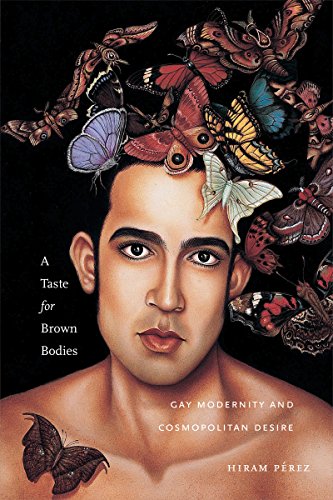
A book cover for A Taste for Brown Bodies: Gay Modernity and Cosmopolitan Desire (Sexual Cultures); Hiram PÃ©rez; Gay & Lesbian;